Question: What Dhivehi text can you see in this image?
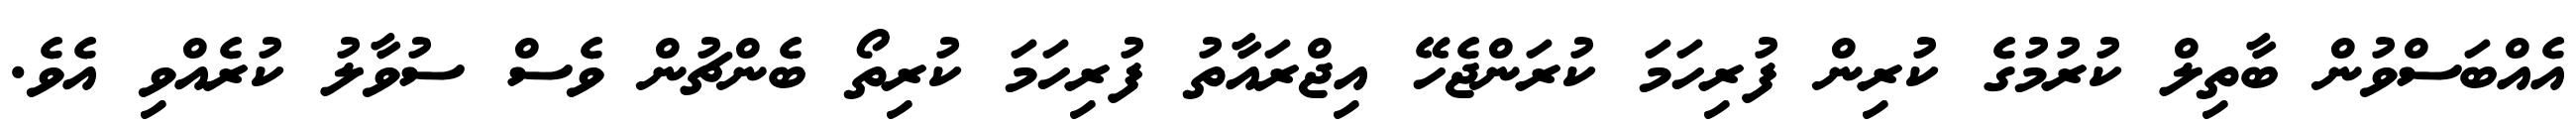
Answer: އެއްބަސްވުން ބާތިލް ކުރުމުގެ ކުރިން ފުރިހަމަ ކުރަންޖެހޭ އިޖްރައާތު ފުރިހަމަ ކުރިތޯ ބެންޗުން ވެސް ސުވާލު ކުރެއްވި އެވެ.